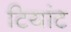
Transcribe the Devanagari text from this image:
टियांट